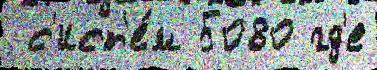
 с'ист'е́м 5080 гд'е